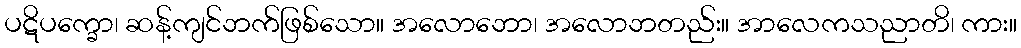
ပဋိပက္ခော၊ ဆန့်ကျင်ဘက်ဖြစ်သော။ အလောဘော၊ အလောဘတည်း။ အာလေကသညာတိ၊ ကား။